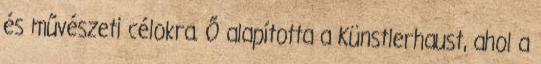
és művészeti célokra. Ő alapította a Künstlerhaust, ahol a